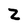
Character: Z